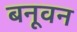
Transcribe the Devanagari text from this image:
बनूवन